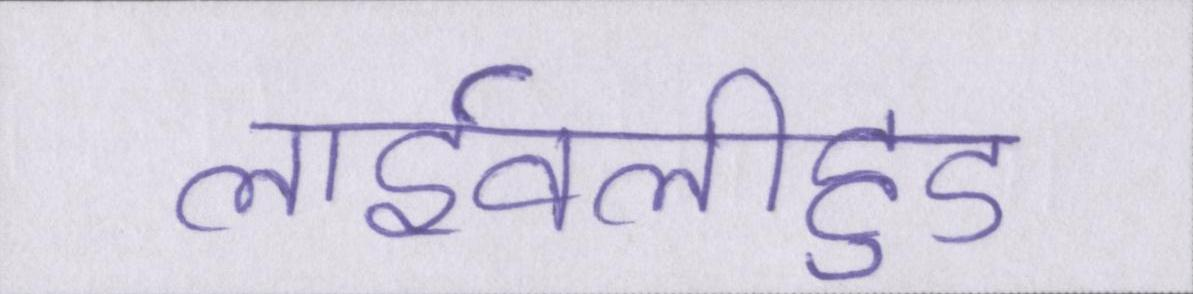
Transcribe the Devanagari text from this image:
लाईवलीहुड